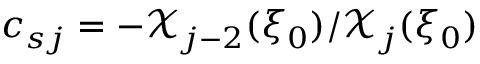
c _ { s j } = - \mathcal { X } _ { j - 2 } ( \xi _ { 0 } ) / \mathcal { X } _ { j } ( \xi _ { 0 } )